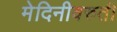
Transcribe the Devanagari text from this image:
मेदिनीवरुती